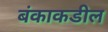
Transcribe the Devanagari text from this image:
बंकाकडील